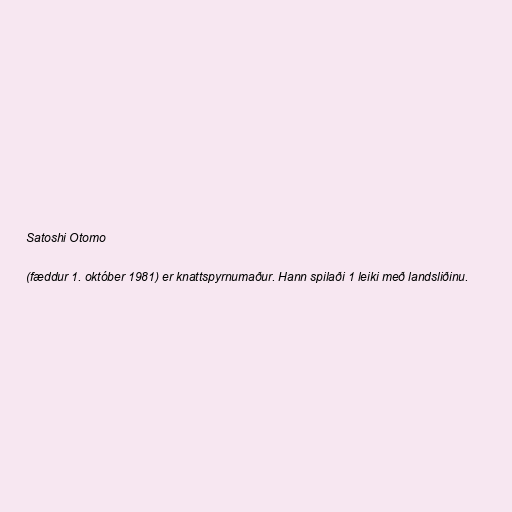
Satoshi Otomo

(fæddur 1. október 1981) er knattspyrnumaður. Hann spilaði 1 leiki með landsliðinu.